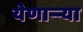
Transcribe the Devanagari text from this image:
येणाऱ्र्‍या